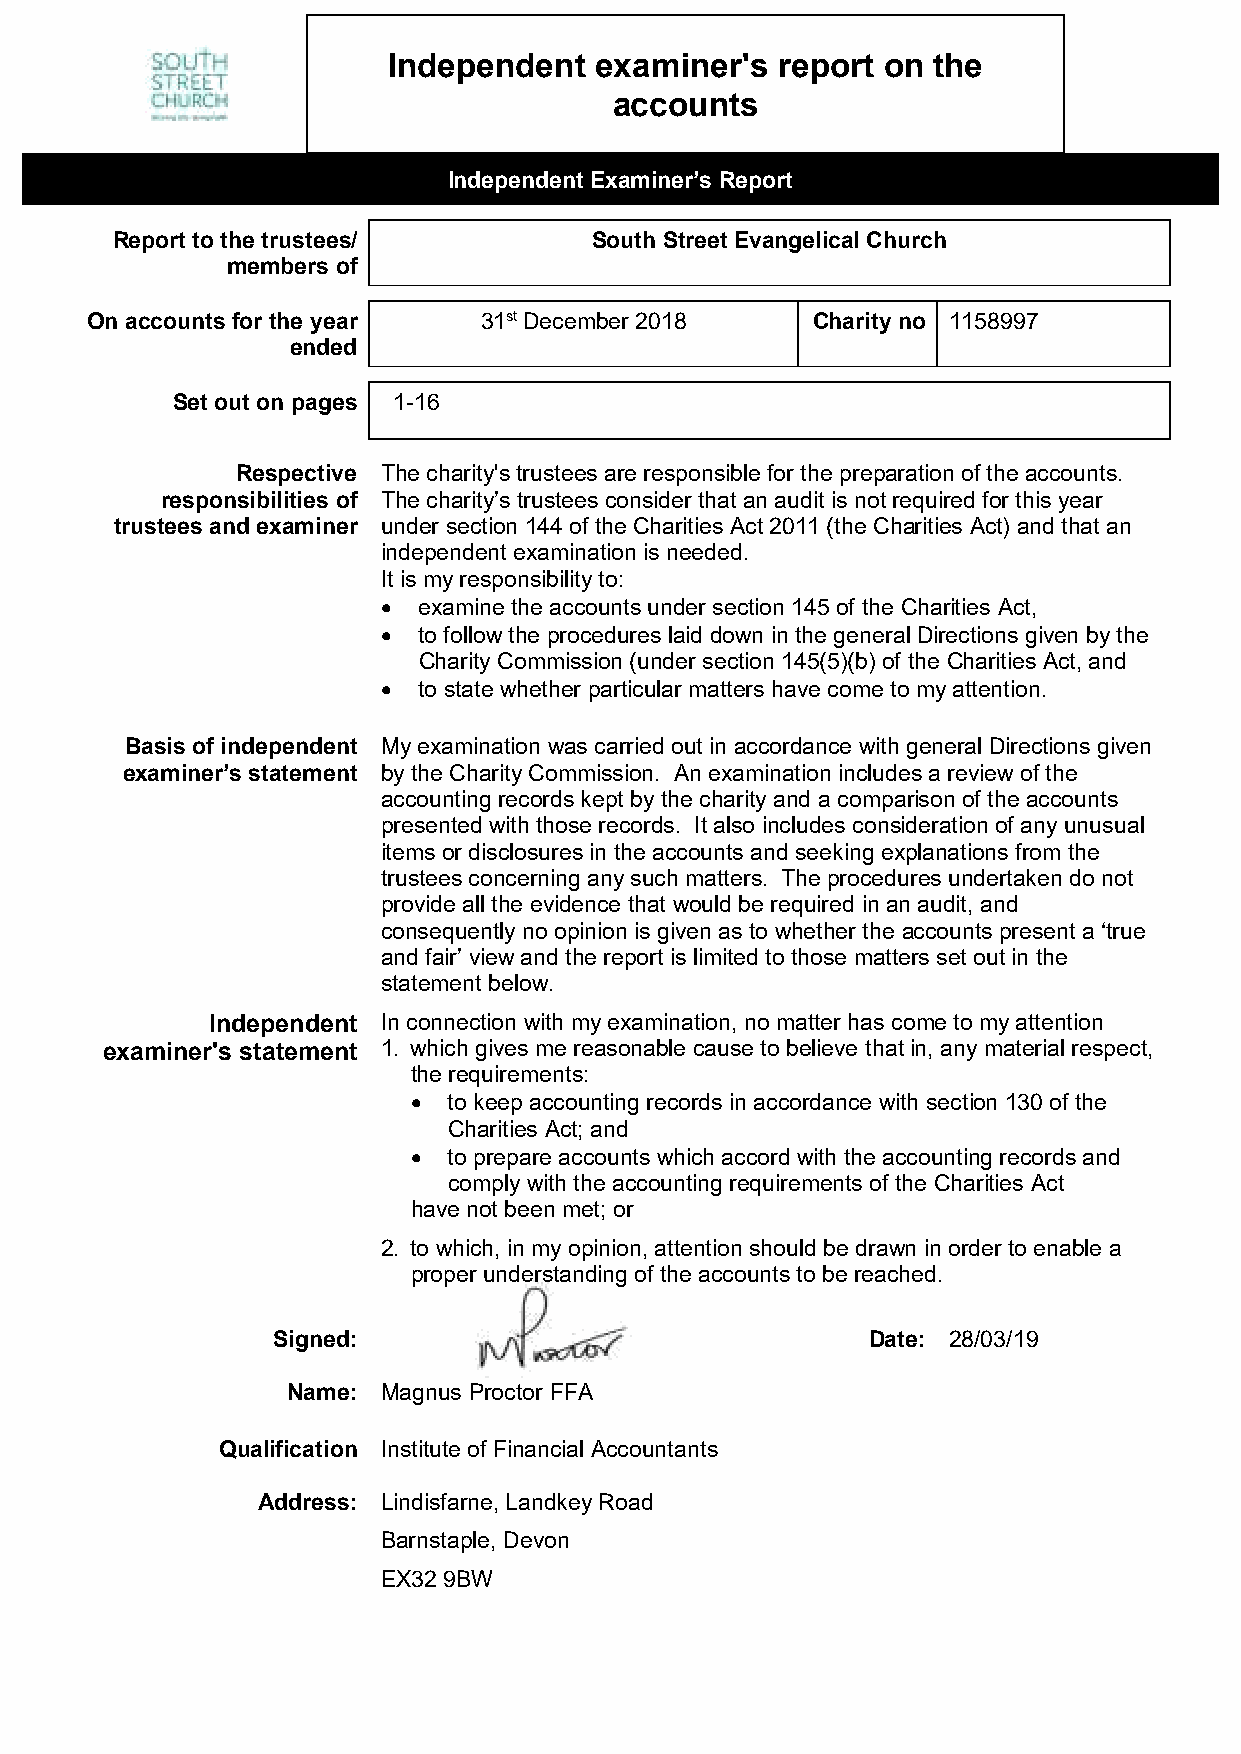
Independent  examiner's  report on  the
 accounts
 Independent Examiner’s Report
 Report to the trustees/         South Street Evangelical Church
 members of
 On accounts for the year  31st December 2018    Charity no 1158997
 ended
 Set out on pages 1-16
 Respective The charity's trustees are responsible for the preparation of the accounts.
 responsibilities of The charity’s trustees consider that an audit is not required for this year
 trustees and examiner under section 144 of the Charities Act 2011 (the Charities Act) and that an
 independent examination is needed.
 It is my responsibility to:
   examine the accounts under section 145 of the Charities Act,
   to follow the procedures laid down in the general Directions given by the
 Charity Commission (under section 145(5)(b) of the Charities Act, and
   to state whether particular matters have come to my attention.
 Basis of independent My examination was carried out in accordance with general Directions given
 examiner’s statement by the Charity Commission. An examination includes a review of the
 accounting records kept by the charity and a comparison of the accounts
 presented with those records. It also includes consideration of any unusual
 items or disclosures in the accounts and seeking explanations from the
 trustees concerning any such matters. The procedures undertaken do not
 provide all the evidence that would be required in an audit, and
 consequently no opinion is given as to whether the accounts present a ‘true
 and fair’ view and the report is limited to those matters set out in the
 statement below.
 Independent In connection with my examination, no matter has come to my attention
 examiner's statement 1. which gives me reasonable cause to believe that in, any material respect,
 the requirements:
   to keep accounting records in accordance with section 130 of the
 Charities Act; and
   to prepare accounts which accord with the accounting records and
 comply with the accounting requirements of the Charities Act
 have not been met; or
 2. to which, in my opinion, attention should be drawn in order to enable a
 proper understanding of the accounts to be reached.
 Signed:                                Date: 28/03/19
 Name: Magnus Proctor FFA
 Qualification Institute of Financial Accountants
 Address: Lindisfarne, Landkey Road
 Barnstaple, Devon
 EX32 9BW